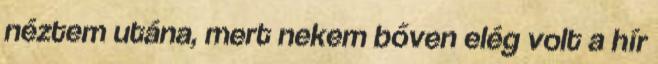
néztem utána, mert nekem bőven elég volt a hír